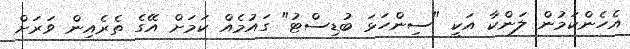
އެހެންކަމުން ލަންކާ އަކީ "ސިންހަޅަ ބުޑިސްޓު" ގައުމެއް ކަމަށް އޭގެ ތެރެއިން ވަރަށް